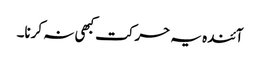
آئندہ یہ حرکت کبھی نہ کرنا۔